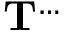
\mathbf { T } ^ { \dots }